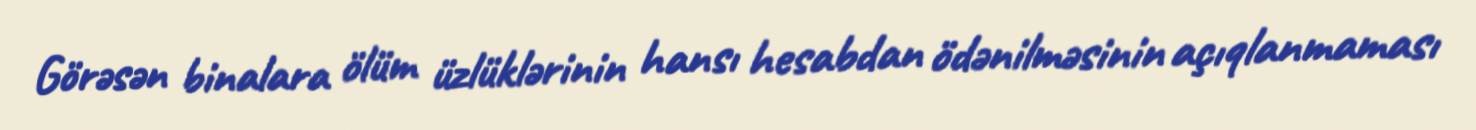
Görəsən binalara ölüm üzlüklərinin hansı hesabdan ödənilməsinin açıqlanmaması